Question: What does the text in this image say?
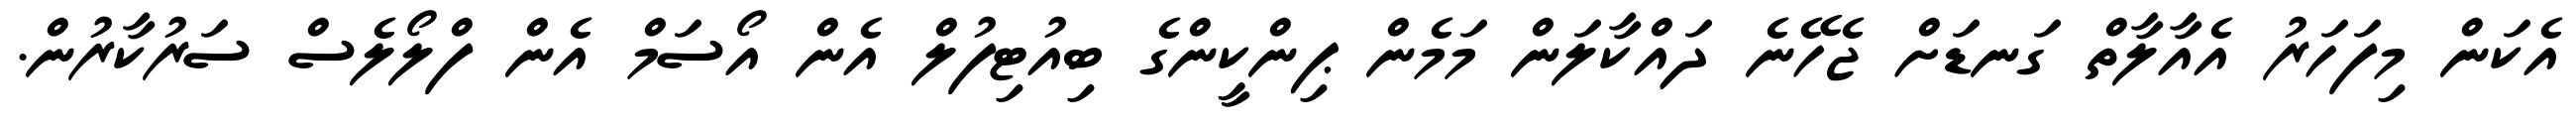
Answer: އެކަން މިފަހަރު އެއާލާތް ގަނޑަށް ޖެހޭނެ ދައްކާލަން މަމެން ޕިންކީންގެ ބިއުޓިފުލް އެން އޯސަމް އެން ފްލޯލެސް ސަރުކާރުން.